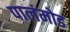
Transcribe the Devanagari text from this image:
पालंमोड